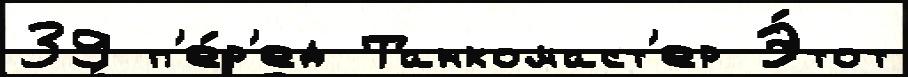
39 п'е́р'ед Танкомаст'ер Э́тот